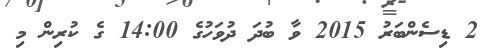
2 ޑިސެންބަރު 2015 ވާ ބުދަ ދުވަހުގެ 14:00 ގެ ކުރިން މި